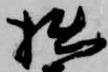
拙